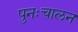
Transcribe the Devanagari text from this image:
पुनःचालन